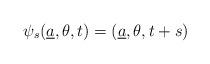
LaTeX: \begin{align*}\psi_s(\underline a,\theta,t)=(\underline a,\theta,t+s)\end{align*}